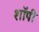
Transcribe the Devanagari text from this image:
शाॅपी